Indian journal of veterinary science and animal husbandry - Volume 14,
Year: 1944
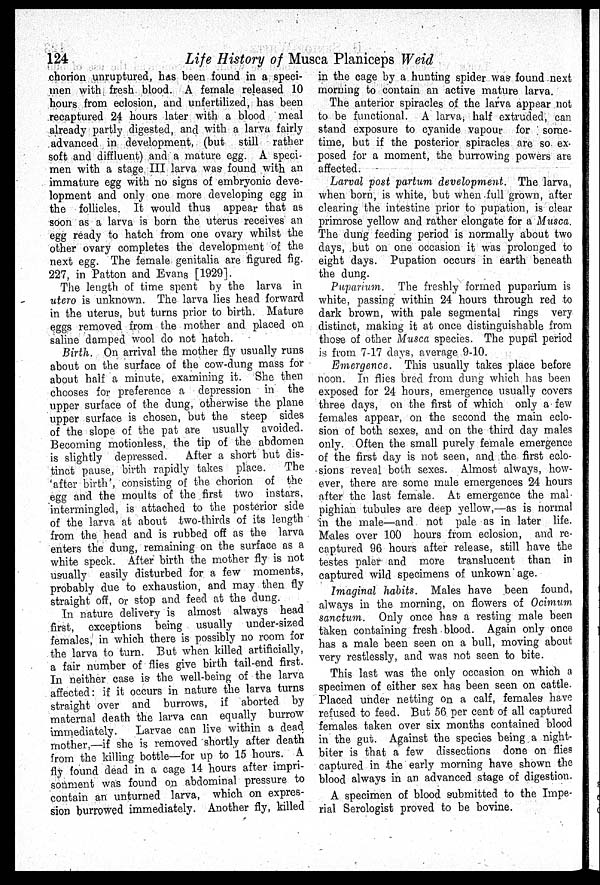
124
Life History of Musca Planiceps Weid
chorion unruptured, has been found in a speci-
men with fresh blood. A female released 10
hours from eclosion, and unfertilized, has been
recaptured 24 hours later with a blood meal
already partly digested, and with a larva fairly
advanced in development, (but still rather
soft and diffluent) and a mature egg. A speci-
men with a stage III larva was found with an
immature egg with no signs of embryonic deve-
lopment and only one more developing egg in
the follicles. It would thus appear that as
soon as a larva is born the uterus receives an
egg ready to hatch from one ovary whilst the
other ovary completes the development of the
next egg. The female genitalia are figured fig.
227, in Patton and Evans [1929].
The length of time spent by the larva in
utero is unknown. The larva lies head forward
in the uterus, but turns prior to birth. Mature
eggs removed from the mother and placed on
saline damped wool do not hatch.
Birth. On arrival the mother fly usually runs
about on the surface of the cow-dung mass for
about half a minute, examining it. She then
chooses for preference a depression in the
upper surface of the dung, otherwise the plane
upper surface is chosen, but the steep sides
of the slope of the pat are usually avoided.
Becoming motionless, the tip of the abdomen
is slightly depressed.
After a short but dis-
tinct pause, birth rapidly takes place.
The
'after birth', consisting of the chorion of the
egg and the moults of the first two instars,
intermingled, is attached to the posterior side
of the larva at about two-thirds of its length
from the head and is rubbed off as the larva
enters the dung, remaining on the surface as a
white speck. After birth the mother fly is not
usually easily disturbed for a few moments,
probably due to exhaustion, and may then fly
straight off, or stop and feed at the dung.
In nature delivery is almost always head
first, exceptions being usually under-sized
females, in which there is possibly no room for
the larva to turn. But when killed artificially,
a fair number of flies give birth tail-end first.
In neither case is the well-being of the larva
affected: if it occurs in nature the larva turns
straight over and burrows, if aborted by
maternal death the larva can equally burrow
immediately.
Larvae can live within a dead
mother,—if she is removed shortly after death
from the killing bottle—for up to 15 hours. A
fly found dead in a cage 14 hours after impri-
sonment was found on abdominal pressure to
contain an unturned larva, which on expres-
sion burrowed immediately. Another fly, killed
in the cage by a hunting spider was found next
morning to contain an active mature larva.
The anterior spiracles of the larva appear not
to be functional. A larva, half extruded, can
stand exposure to cyanide vapour for some-
time, but if the posterior spiracles are so ex-
posed for a moment, the burrowing powers are
affected.
Larval post partum development. The larva,
when born, is white, but when full grown, after
clearing the intestine prior to pupation, is clear
primrose yellow and rather elongate for a Musca.
The dung feeding period is normally about two
days, but on one occasion it was prolonged to
eight days. Pupation occurs in earth beneath
the dung.
Puparium. The freshly formed puparium is
white, passing within 24 hours through red to
dark brown, with pale segmental rings very
distinct, making it at once distinguishable from
those of other Musca species. The pupal period
is from 7-17 days, average 9-10.
Emergence. This usually takes place before
noon. In flies bred from dung which has been
exposed for 24 hours, emergence usually covers
three days, on the first of which only a few
females appear, on the second the main eclo-
sion of both sexes, and on the third day males
only. Often the small purely female emergence
of the first day is not seen, and the first eclo-
sions reveal both sexes. Almost always, how-
ever, there are some male emergences 24 hours
after the last female. At emergence the mal-
pighian tubules are deep yellow,—as is normal
in the male—and not pale as in later life.
Males over 100 hours from eclosion, and re-
captured 96 hours after release, still have the
testes paler and more translucent than in
captured wild specimens of unkown age.
Imaginal habits. Males have been found,
always in the morning, on flowers of Ocimum
sanctum. Only once has a resting male been
taken containing fresh blood. Again only once
has a male been seen on a bull, moving about
very restlessly, and was not seen to bite.
This last was the only occasion on which a
specimen of either sex has been seen on cattle.
Placed under netting on a calf, females have
refused to feed. But 56 per cent of all captured
females taken over six months contained blood
in the gut. Against the species being a night-
biter is that a few dissections done on flies
captured in the early morning have shown the
blood always in an advanced stage of digestion.
A specimen of blood submitted to the Impe-
rial Serologist proved to be bovine.